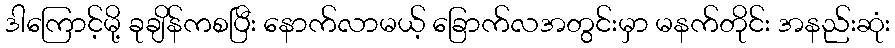
ဒါကြောင့်မို့ ခုချိန်ကစပြီး နောက်လာမယ့် ခြောက်လအတွင်းမှာ မနက်တိုင်း အနည်းဆုံး